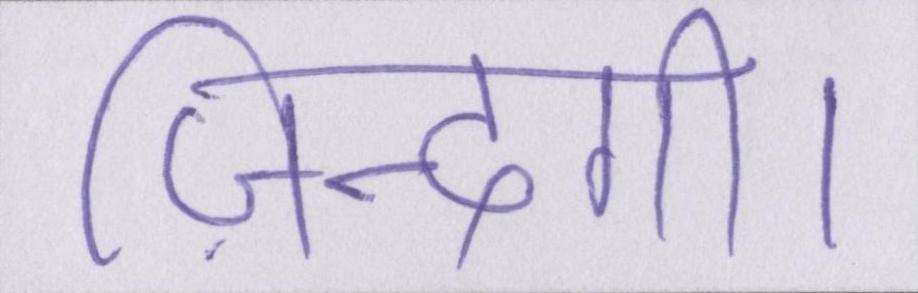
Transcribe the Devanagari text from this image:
ज़िन्दगी।